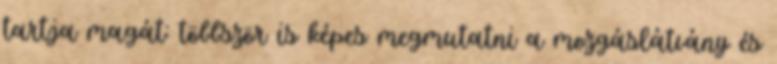
tartja magát: többször is képes megmutatni a mozgáslátvány és